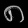
Digit: ၈